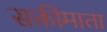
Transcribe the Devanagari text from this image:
सक्तीमाता